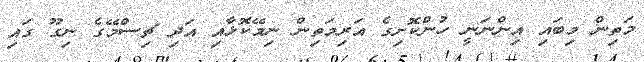
މަތިން މިބައި އިންނަނީ ހުންކޮށިގެ އަރިމަތިން ނިމޭކޮޅާއި އަދި ޗިސްމޭގެ ނިގޫ ގައި